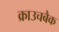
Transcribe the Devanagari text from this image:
क्राउचबैक